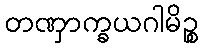
တဏှာက္ခယဂါမိဉ္စ